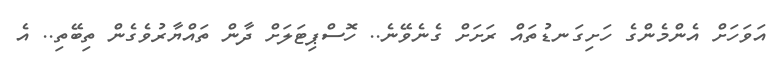
އަވަހަށް އެންމެންގެ ހަށިގަނޑުތައް ރަށަށް ގެނެވޭނެ.. ހޮސްޕިޓަލަށް ދާން ތައްޔާރުވެގެން ތިބޭތި.. އެ